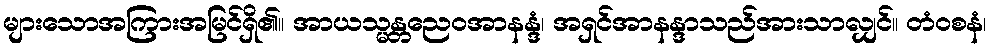
များသောအကြားအမြင်ရှိ၏။ အာယသ္မန္တညေဝအာနန္ဒံ၊ အရှင်အာနန္ဒာသည်အားသာလျှင်။ တံဝစနံ၊